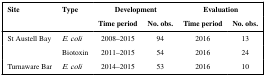
<table><thead><tr><td rowspan="2"><b>Site</b></td><td rowspan="2"><b>Type</b></td><td colspan="2"><b>Development</b></td><td colspan="2"><b>Evaluation</b></td></tr><tr><td><b>Time period</b></td><td><b>No. obs.</b></td><td><b>Time period</b></td><td><b>No. obs.</b></td></tr></thead><tbody><tr><td>St Austell Bay</td><td><i>E. coli</i></td><td>2008–2015</td><td>94</td><td>2016</td><td>13</td></tr><tr><td></td><td>Biotoxin</td><td>2011–2015</td><td>54</td><td>2016</td><td>24</td></tr><tr><td>Turnaware Bar</td><td><i>E. coli</i></td><td>2014–2015</td><td>53</td><td>2016</td><td>10</td></tr></tbody></table>